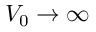
V _ { 0 } \to \infty